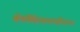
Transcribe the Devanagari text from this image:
श्वेतसिंहासनासीना।।।